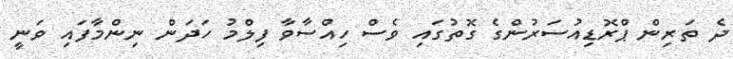
ދެ ތަރިން ޕްރޮޑިއުސަރުންގެ ގޮތުގައި ވެސް ހިއްސާވާ ފިލްމު ހަދަން ނިންމާފައި ވަނީ